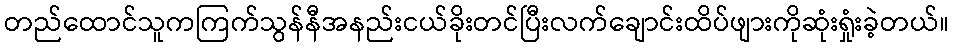
တည်ထောင်သူကကြက်သွန်နီအနည်းငယ်ခိုးတင်ပြီးလက်ချောင်းထိပ်ဖျားကိုဆုံးရှုံးခဲ့တယ်။